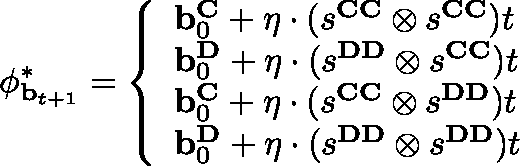
\mathbf { \phi } _ { \mathbf { b } _ { t + 1 } } ^ { * } = \left\{ \begin{array} { l l } { \mathbf { b } _ { 0 } ^ { \mathbf { C } } + \eta \cdot ( s ^ { \mathbf { C C } } \otimes s ^ { \mathbf { C C } } ) t } \\ { \mathbf { b } _ { 0 } ^ { \mathbf { D } } + \eta \cdot ( s ^ { \mathbf { D D } } \otimes s ^ { \mathbf { C C } } ) t } \\ { \mathbf { b } _ { 0 } ^ { \mathbf { C } } + \eta \cdot ( s ^ { \mathbf { C C } } \otimes s ^ { \mathbf { D D } } ) t } \\ { \mathbf { b } _ { 0 } ^ { \mathbf { D } } + \eta \cdot ( s ^ { \mathbf { D D } } \otimes s ^ { \mathbf { D D } } ) t } \end{array} \right.